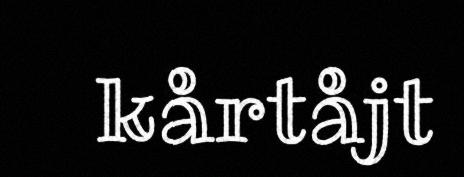
kårtåjt